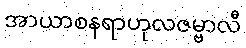
အာယာစနရာဟုလဇမ္ဗာလီ